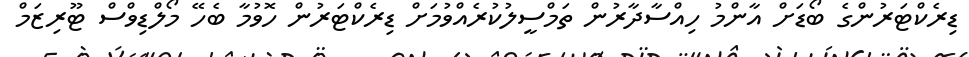
ޑިރެކްޓަރުންގެ ބޯޑަށް އާންމު ހިއްސާދާރުން ތަމްސީލުކުރެއްވުމަށް ޑިރެކްޓަރުން ހޮވުމާ ބެހޭ މޯލްޑިވްސް ޓޫރިޒަމް